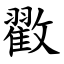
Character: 㪬